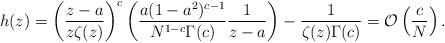
LaTeX: \begin{align*}h(z) =\left(\frac{z-a}{z\zeta(z)}\right)^{c}\left(\frac{a(1-a^2)^{c-1}}{N^{1-c}\Gamma(c)}\frac{1}{z-a}\right)-\frac{1}{\zeta(z)\Gamma(c)}={\cal O}\left(\frac{c}{N}\right).\end{align*}